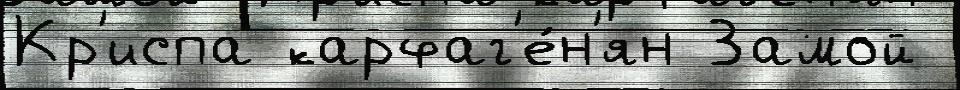
Кр'испа карфаг'е́н'ян Замой